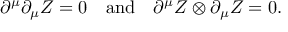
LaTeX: \partial ^ { \mu } \partial _ { \mu } Z = 0 \quad \mathrm { a n d } \quad \partial ^ { \mu } Z \otimes \partial _ { \mu } Z = 0 .